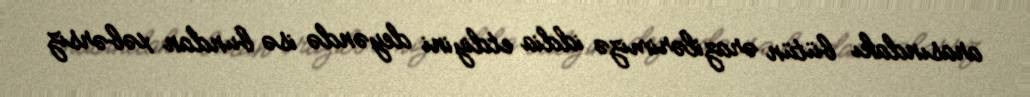
arasındakı bütün ərazilərimizə iddia etdiyini deyəndə isə bundan xəbərsiz